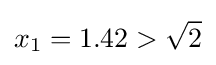
x_{1}=1.42>{\sqrt {2}}